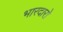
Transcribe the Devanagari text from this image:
भारदारो